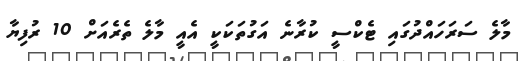
މާލެ ސަރަހައްދުގައި ޓެކްސީ ކުރާނެ އަގުތަކަކީ އެއީ މާލެ ތެެރެއަށް 10 ރުފިޔާ